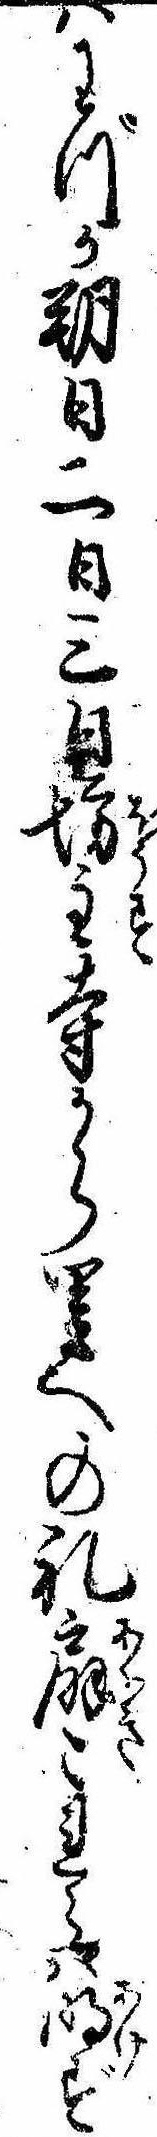
はわづか朔日二日三日坊主寺から里への礼扇これらは明ず